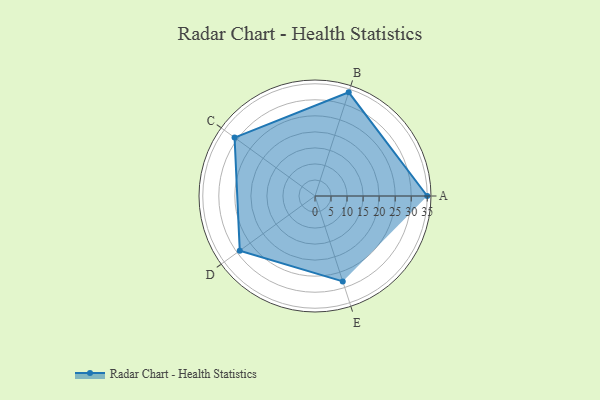
{"axis": {"x": "Skill", "y": "Score"}, "legend": ["Profile"], "data": [{"x": "A", "y": 35.0, "type": "Profile"}, {"x": "B", "y": 34.0, "type": "Profile"}, {"x": "C", "y": 31.0, "type": "Profile"}, {"x": "D", "y": 29.0, "type": "Profile"}, {"x": "E", "y": 28.0, "type": "Profile"}]}